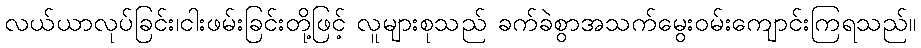
လယ်ယာလုပ်ခြင်း၊ငါးဖမ်းခြင်းတို့ဖြင့် လူများစုသည် ခက်ခဲစွာအသက်မွေးဝမ်းကျောင်းကြရသည်။